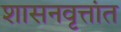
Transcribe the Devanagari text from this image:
शासनवृत्तांत